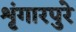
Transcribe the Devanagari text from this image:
शृंगारपुरे